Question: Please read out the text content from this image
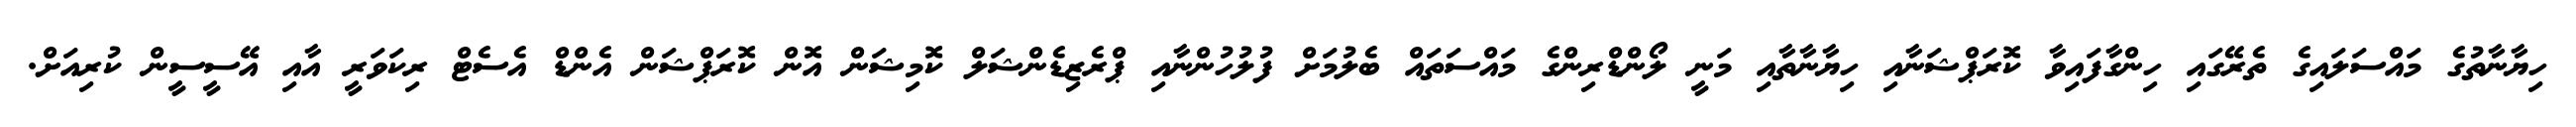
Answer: ހިޔާނާތުގެ މައްސަލައިގެ ތެރޭގައި ހިންގާފައިވާ ކޮރަޕްޝަނާއި ހިޔާނާތާއި މަނީ ލޯންޑްރިންގެ މައްސަތައް ބެލުމަށް ފުލުހުންނާއި ޕްރެޒިޑެންޝަލް ކޮމިޝަން އޮން ކޮރަޕްޝަން އެންޑް އެސެޓް ރިކަވަރީ އާއި އޭސީސީން ކުރިއަށް.